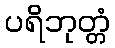
ပရိဘုတ္တံ